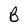
Character: B